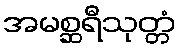
အမစ္ဆရီသုတ္တံ